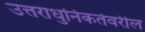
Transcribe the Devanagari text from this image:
उत्तराधुनिकतेवरील